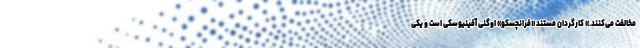
مخالفت می‌کنند.» کارگردان مستند «فرانچسکو» اوگنی آفینیوسکی است و یکی